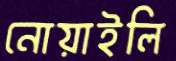
নোয়াইলি